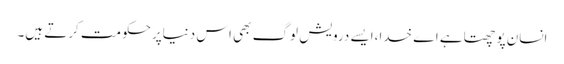
انسان پوچھتاہے اے خدا،ایسے درویش لوگ بھی اس دنیاپرحکومت کرتے ہیں۔